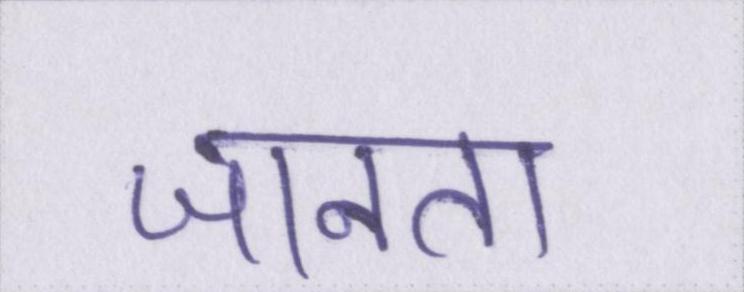
जानता